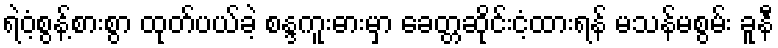
ရဲဝံ့စွန့်စားစွာ ထုတ်ပယ်ခဲ့ စန္ဒကူးဓားမှာ ခေတ္တဆိုင်းငံ့ထားရန် မသန်မစွမ်း ခူနီ